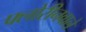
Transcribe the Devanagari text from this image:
फ्लोरीनवाले